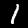
Digit: 1